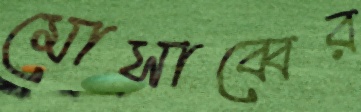
মোসাব্বের